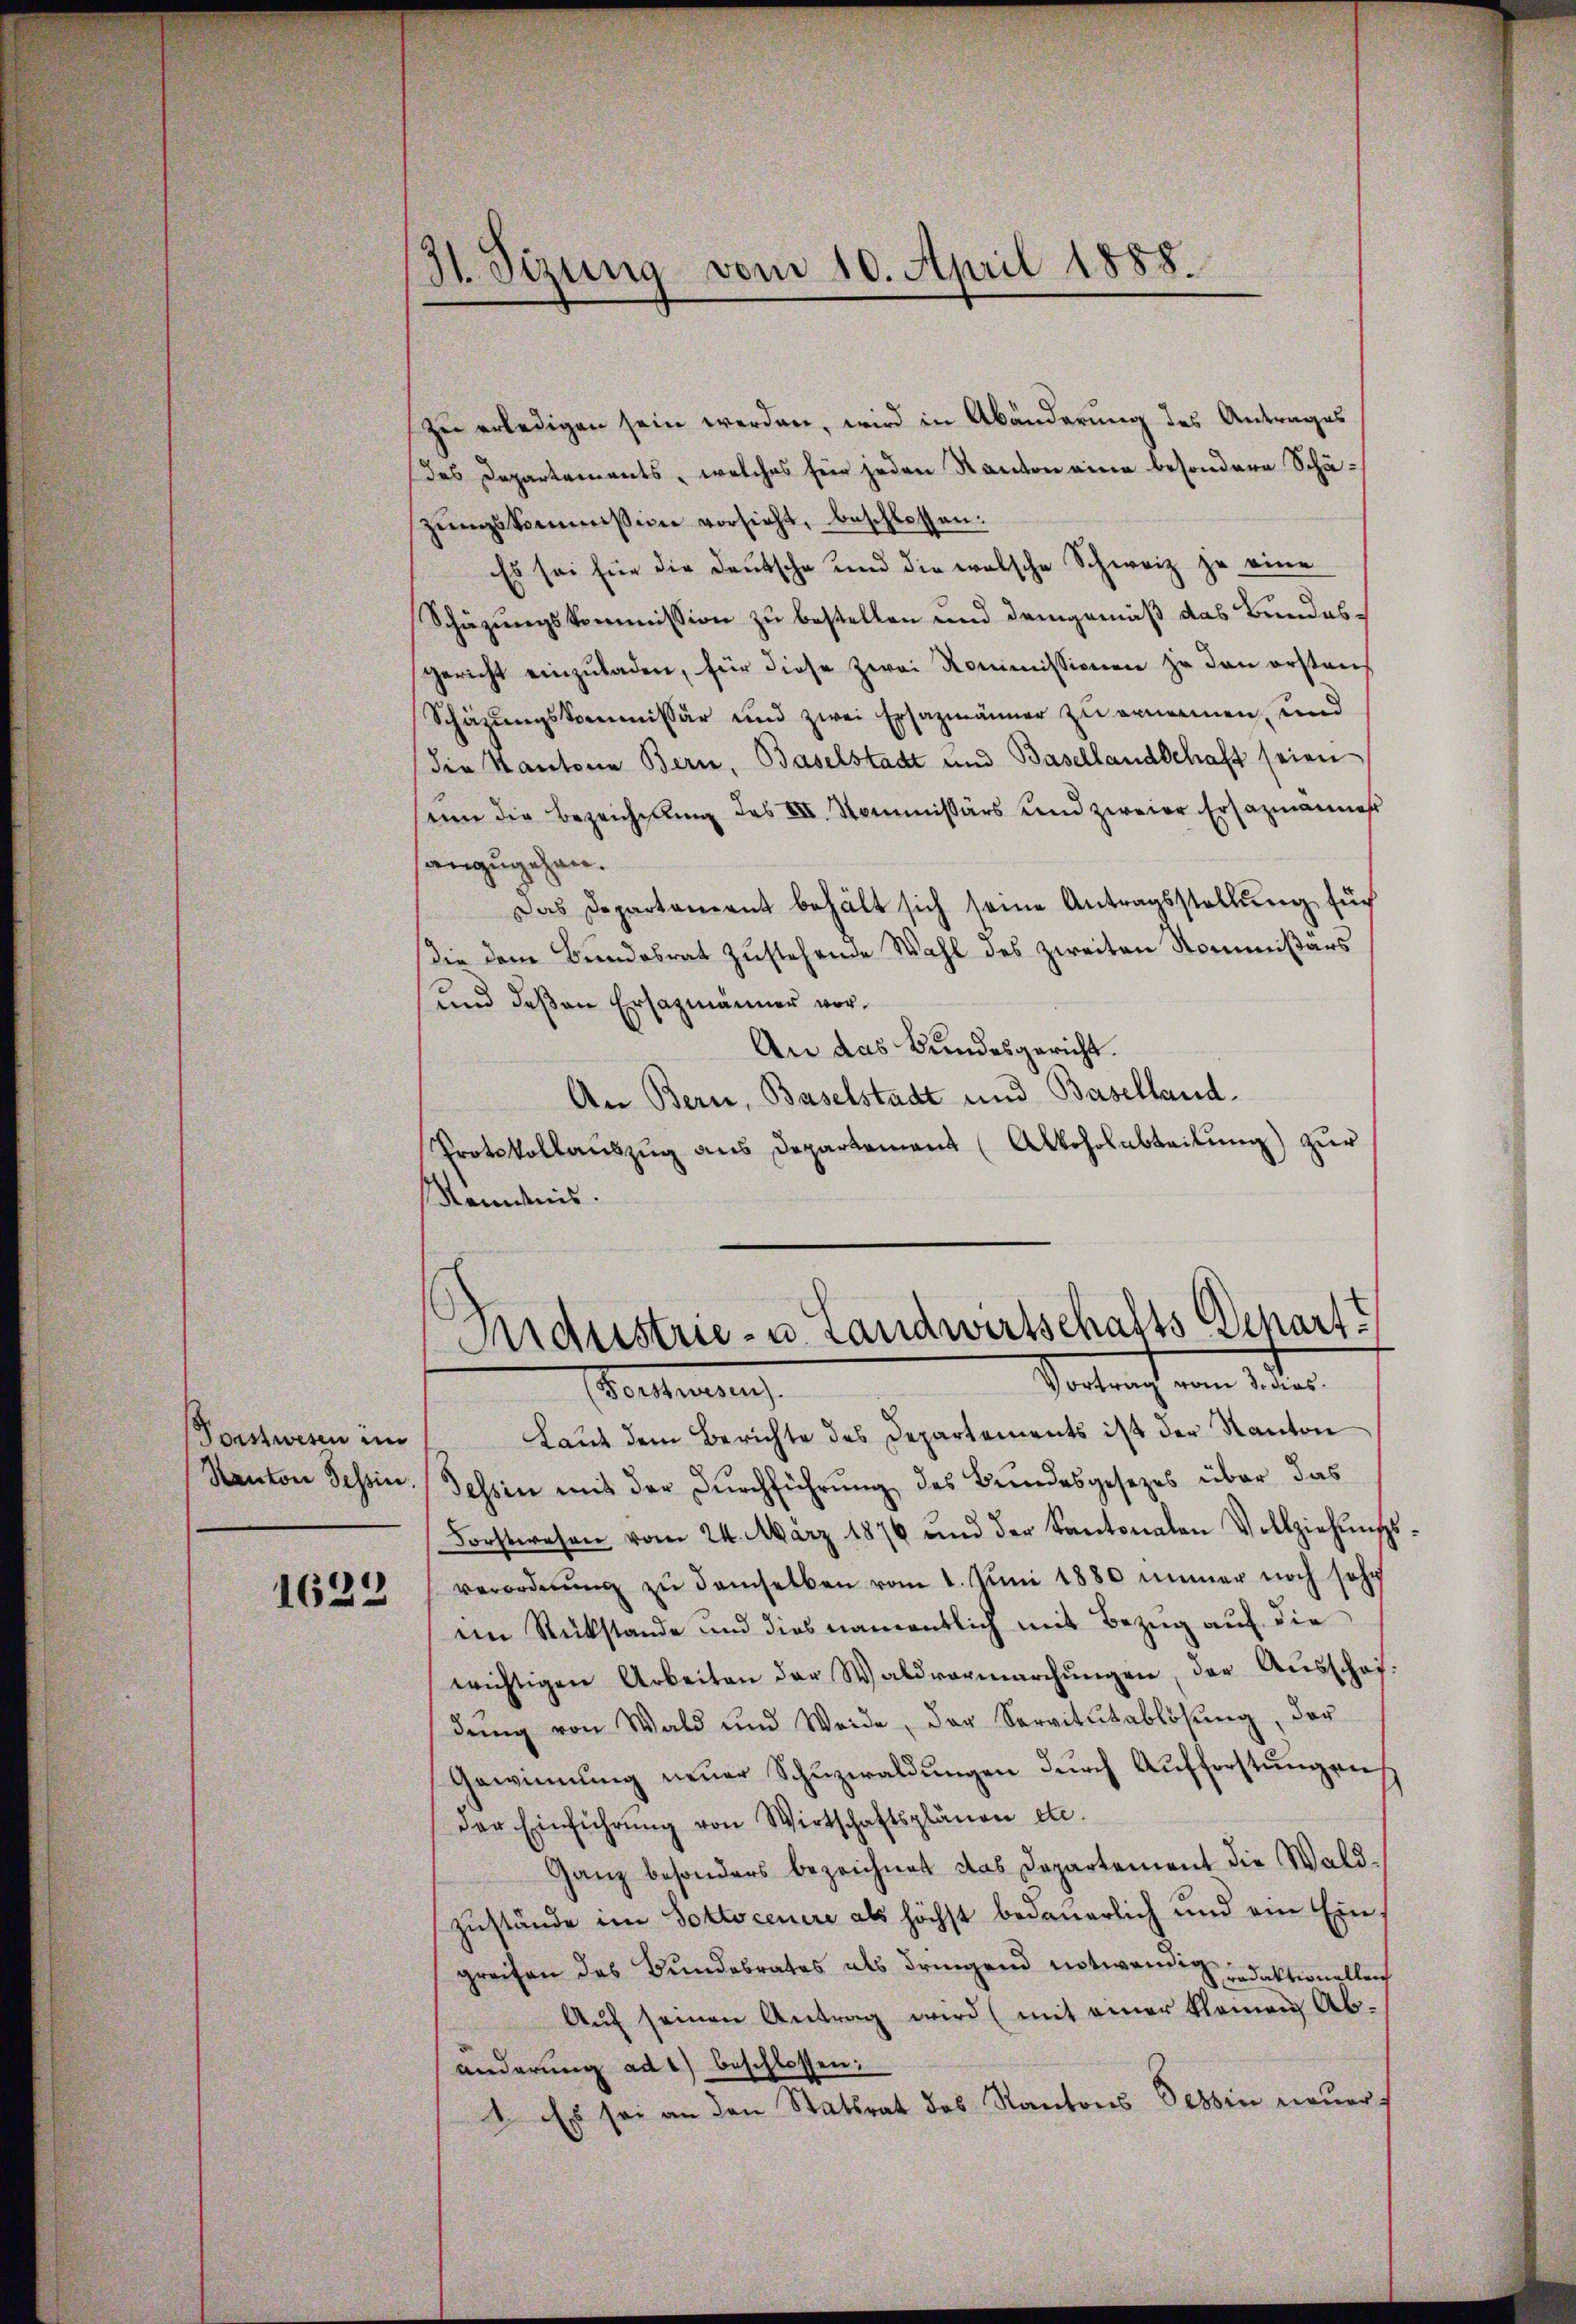
Forstwesen in
Kanton Tessin.

1623

H. Sizung vom 10. April 1888.

Zu erledigen sein werden, wird in Abänderung des Antrages
des Departements, welches für jeden Kanton eine besondere Schäzungskommission vorsicht, beschlossen:
Es sei für die Deutsche und die welsche Schweiz je eine
Schäzungskommission zu bestellen und demgemäß das Bundesgericht einzŭladen, für diese zwei Kommissionen zu den erstens
Schäzungskommissär und zwei Ersazmänner zu ernennen, und
die Kantone Bern, Baselstadt und Basellandschaft seien
um die Bezeichnung des XII. Kommissärs und zweier Ersazmannes
anzugehen.
Das Departament behält sich seine Antragsstellŭng such
die dem Bundesrat zustehende Wahl des zweiten Kommißärs
und deßen Ersazmänner vor¬
An das Bundesgericht.
An Bern, Baselstadt und Baselland.
Protokollauszug aus Departement (Alkoholabteilung) zur
Kenntnis.

Aidustrie- u. Landwirtschafts Schart
Vortrag vom 12ten
Technung

Laut dem Berichte des Departements ist der Kanton
Tessin mit der Durchführung des Bundesgesezes über das
Forstwesen vom 24. März 1876 und der Kantonalen Vollziehungsverordnŭng zŭ demselben vom 1. Jŭni 1880 immer noch sehr
ein Rückstände und dies namentlich mit Bezug auf die
wichtigen Arbeiten der Waldvormarchŭngen, der Aŭsschaf-
dŭng von Wald und Weide, der Servitŭtablösung, der
Gewinnung neuer Schuzwaldungen durch Aufforstungen
der Einführŭng von Wirtschaftsplänen etc.
Ganz besonders bezeichnet das Departement die Waldzustände im Sottocenere als höchst bedauerlich und ein Eingreifen das Bundobrates als dringend notwendii daktionelleich
Auf seinen Antrag wird (mit einer kleinen Abänderung ad 1) beschlossen:
1. Es sei an den Statsrat des Kantons Tessin neuer¬